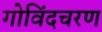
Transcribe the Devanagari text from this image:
गोविंदचरण